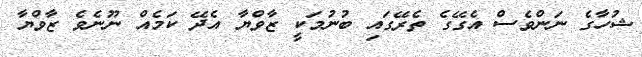
ޝުހާގެ ނަންވެސް އެގޭގެ ތެރޭގައި ބުނުމަކީ ޒާވްޔާ އެދޭ ކަމެއް ނޫނެވެ ޒާވްޔާ